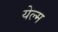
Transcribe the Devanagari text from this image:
येल्म